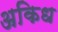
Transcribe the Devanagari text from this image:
अकिध